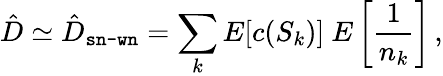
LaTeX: \hat{D}\simeq\hat{D}_{\texttt{sn-wn}}=\sum_{k}E[c(S_{k})]\ E\left[\frac{1}{n_{k}}\right]\, ,